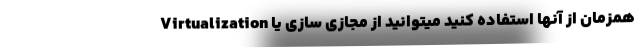
همزمان از آنها استفاده کنید میتوانید از مجازی سازی یا Virtualization